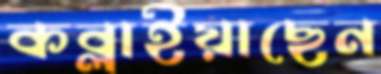
কব্‌লাইয়াছেন